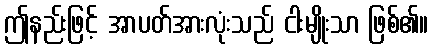
ဤနည်းဖြင့် အာပတ်အားလုံးသည် ငါးမျိုးသာ ဖြစ်၏။